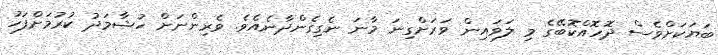
ބަޔަކަށްވެސް ދޮހޮއްކޮބޭގެ މި ލަވައިން ވަރަށްގިނަ މާނަ ނެގިގެންދާނެއެވެ. ވެރިންނަށް ހުޝާމަދު ކުރުމަށްފަހު